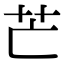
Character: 芒